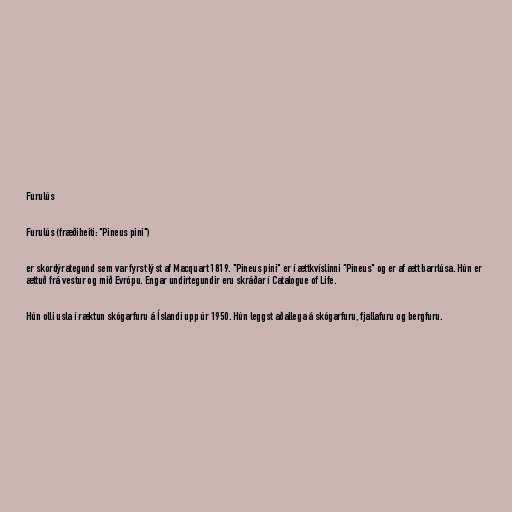
Furulús

Furulús (fræðiheiti: "Pineus pini")

er skordýrategund sem var fyrst lýst af Macquart 1819. "Pineus pini" er í ættkvíslinni "Pineus" og er af ætt barrlúsa. Hún er
ættuð frá vestur og mið Evrópu. Engar undirtegundir eru skráðar í Catalogue of Life.

Hún olli usla í ræktun skógarfuru á Íslandi upp úr 1950. Hún leggst aðallega á skógarfuru, fjallafuru og bergfuru.